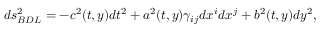
d s _ { B D L } ^ { 2 } = - c ^ { 2 } ( t , y ) d t ^ { 2 } + a ^ { 2 } ( t , y ) \gamma _ { i j } d x ^ { i } d x ^ { j } + b ^ { 2 } ( t , y ) d y ^ { 2 } ,